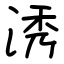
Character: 𣵛